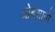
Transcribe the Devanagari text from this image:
ओर्बसानो